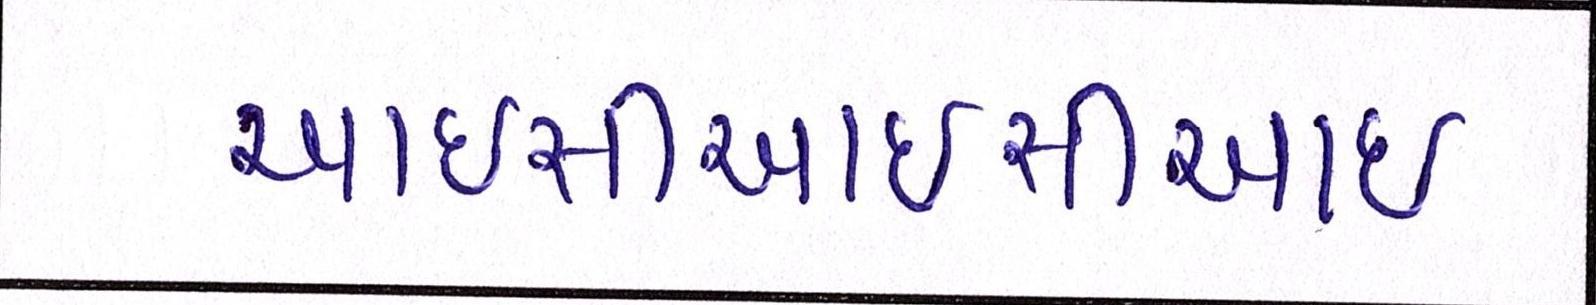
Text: આઇસીઆઇસીઆઇ